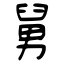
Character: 舅